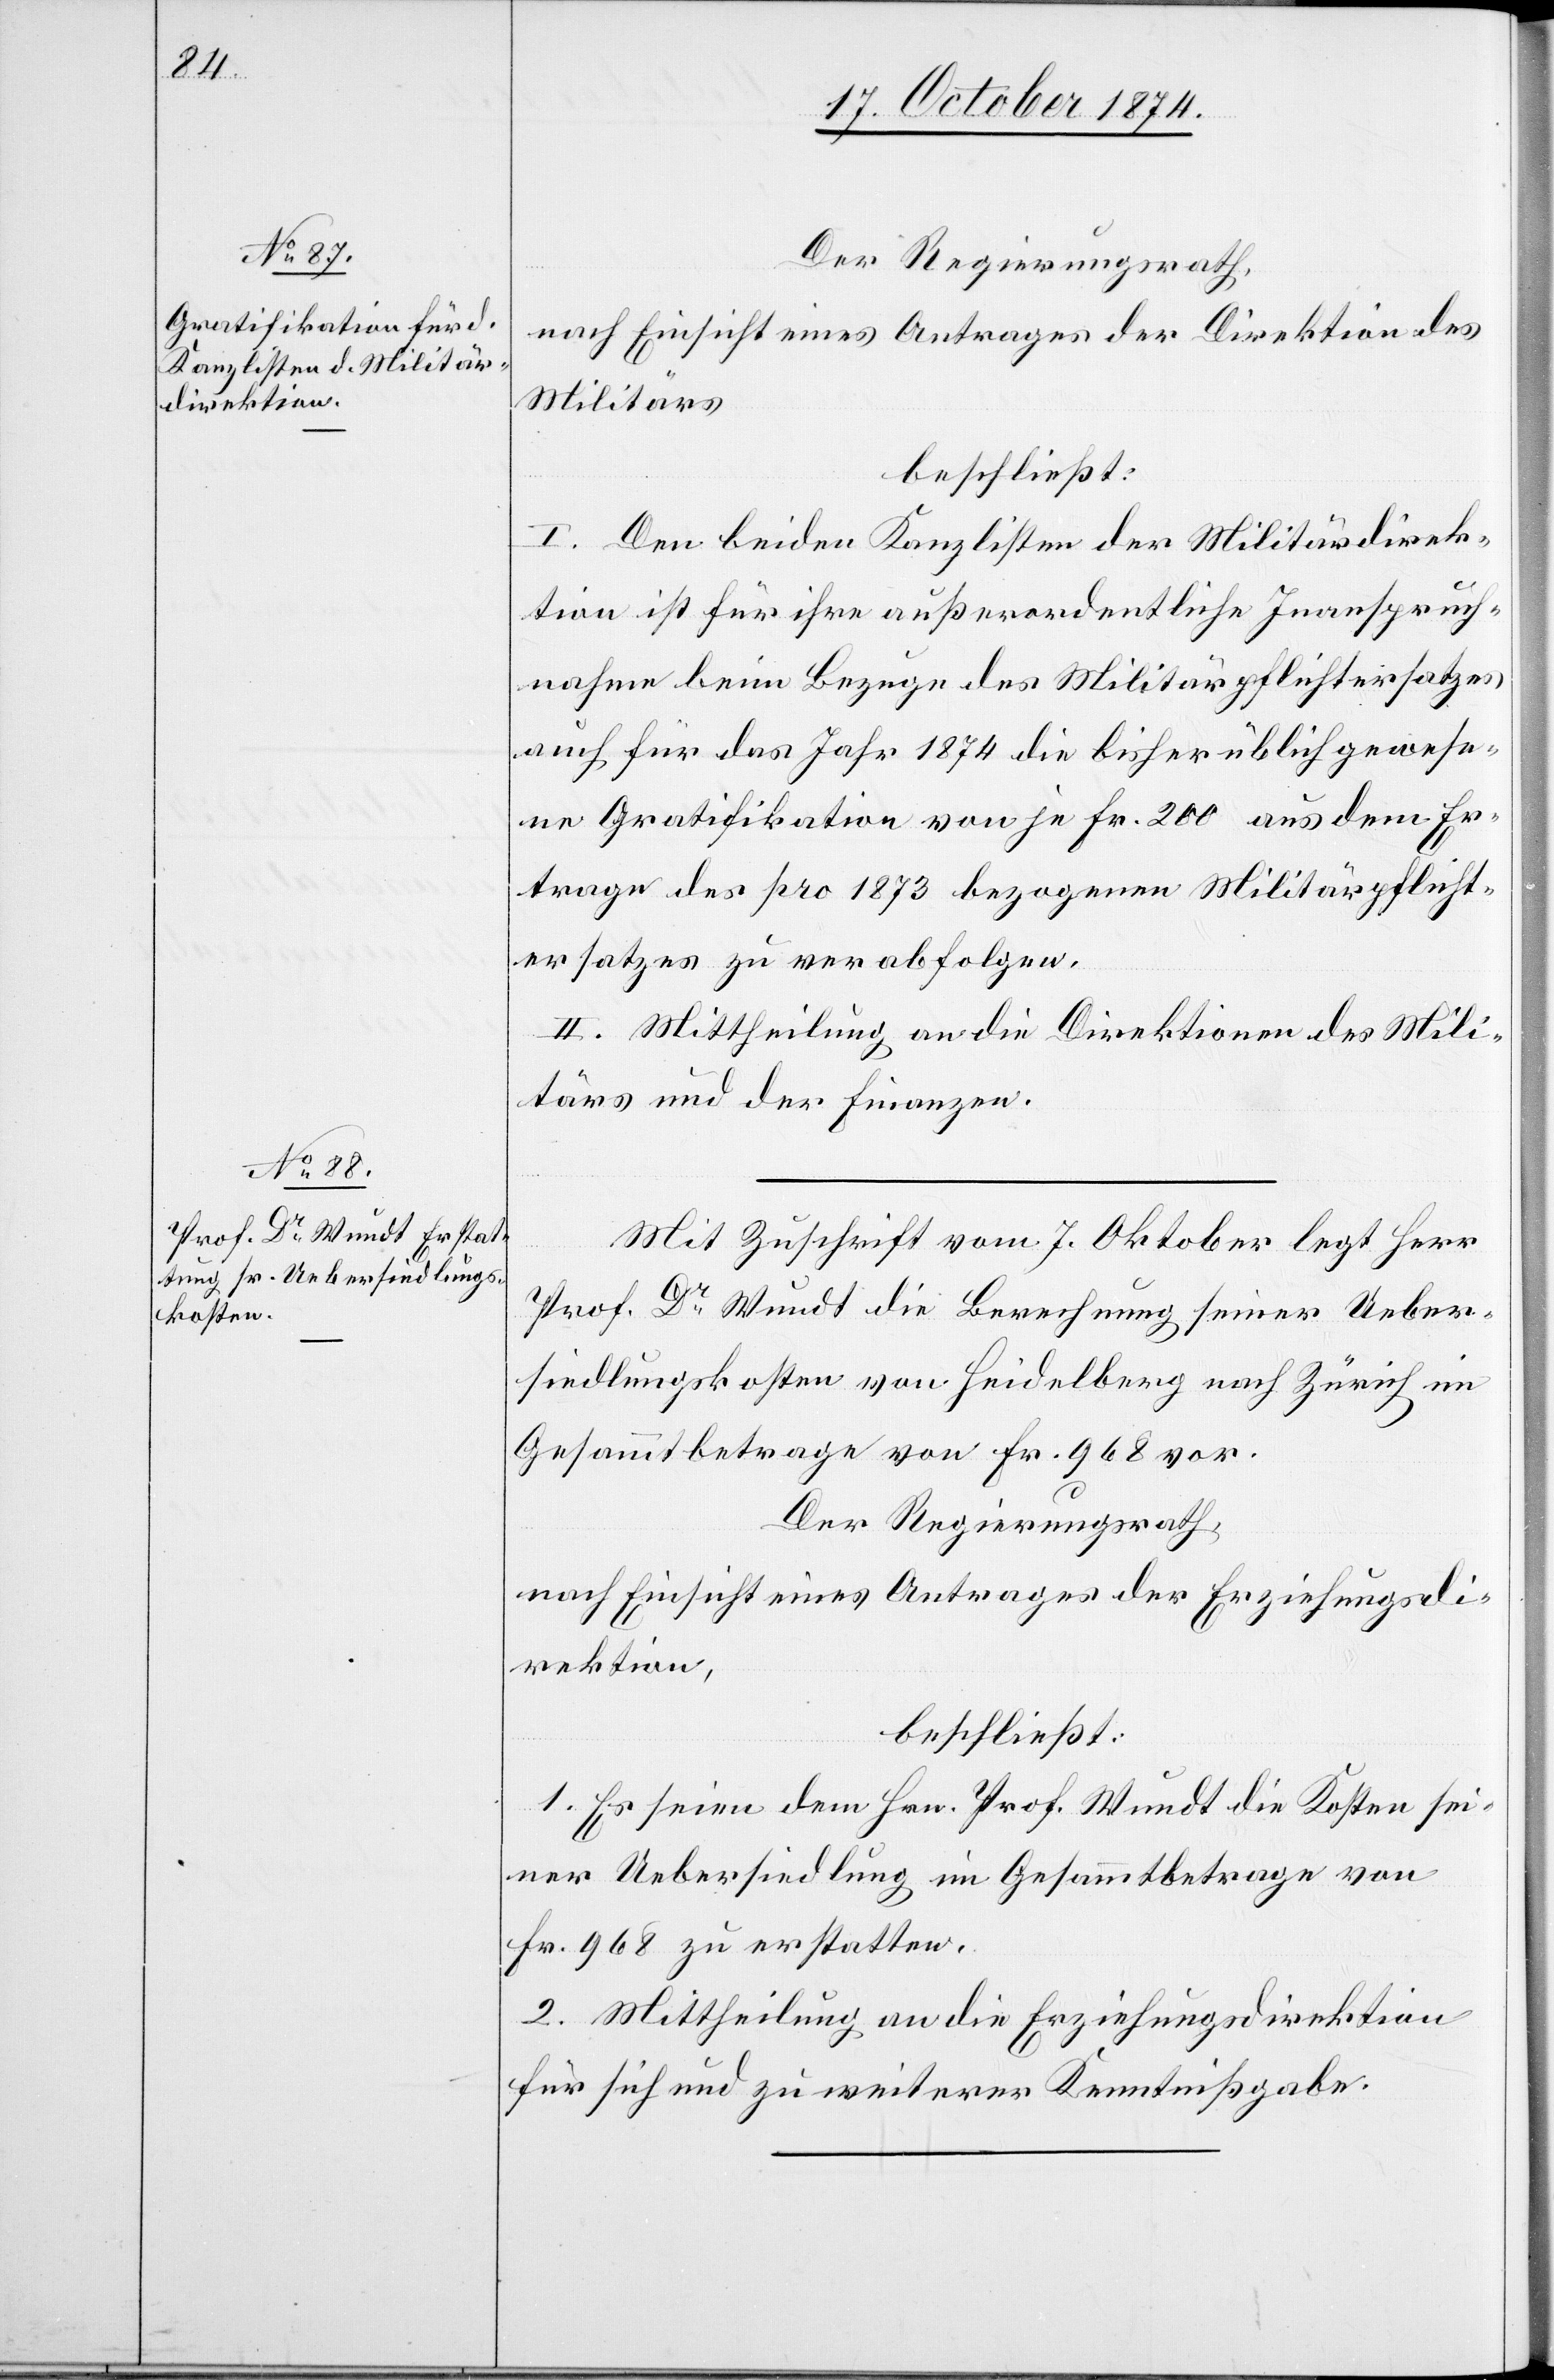
Der Regierungsrath,
nach Einsicht eines Antrages der Direktion des
Militärs
beschließt:
I. Den beiden Kanzlisten der Militärdirek¬
tion ist für ihre außerordentliche Inanspruch¬
nahme beim Bezuge des Militärpflichtersatzes
auch für das Jahr 1874 die bisher üblich gewese¬
ne Gratifikation von je Fr. 200 aus dem Er¬
trage des pro 1873 bezogenen Militärpflicht¬
ersatzes zu verabfolgen.
II. Mittheilung an die Direktionen des Mili¬
tärs und der Finanzen.
Mit Zuschrift vom 7. Oktober legt Herr
Prof. Dr Wundt die Berechnung seiner Ueber¬
siedlungskosten von Heidelberg nach Zürich im
Gesammtbetrage von Fr. 968 vor.
Der Regierungsrath,
nach Einsicht eines Antrages der Erziehungsdi¬
rektion,
beschließt:
1. Es seien dem Hrn. Prof. Wundt die Kosten sei¬
ner Uebersiedlung im Gesammtbetrage von
Fr. 968 zu erstellen.
2. Mittheilung an die Erziehungsdirektion
für sich und zu weiterer Kenntnißgabe.